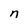
Character: n